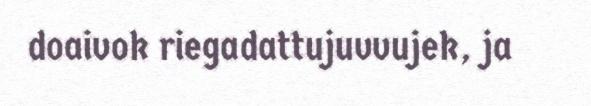
doaivok riegadattujuvvujek, ja